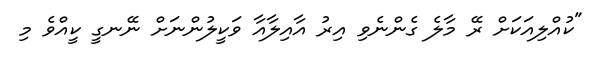
"ކުއްލިއަކަށް ރޭ މާލެ ގެންނެވި އިރު އާއިލާއާ ވަކީލުންނަށް ނޭނގީ ކީއްވެ މި